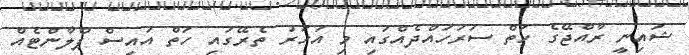
ޝައިނީ ރާއްޖޭގެ ހަތް ސަރަހައްދެއްގައި މި އަހަރު ތެރޭގައި ހަތް އައިސް ޕްލާންޓެއް